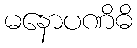
မနောပဏိဓိ